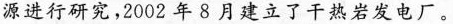
源进行研究，2002年8月建立了干热岩发电厂。